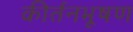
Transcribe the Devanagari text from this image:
कीर्तनभूषण